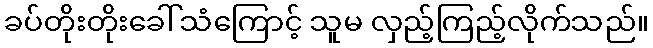
ခပ်တိုးတိုးခေါ်သံကြောင့် သူမ လှည့်ကြည့်လိုက်သည်။